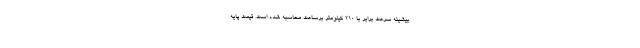
بیشینه سرعت برابر با 210 کیلومتر برساعت محاسبه شده است. قیمت پایه